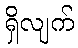
ရှိလျက်